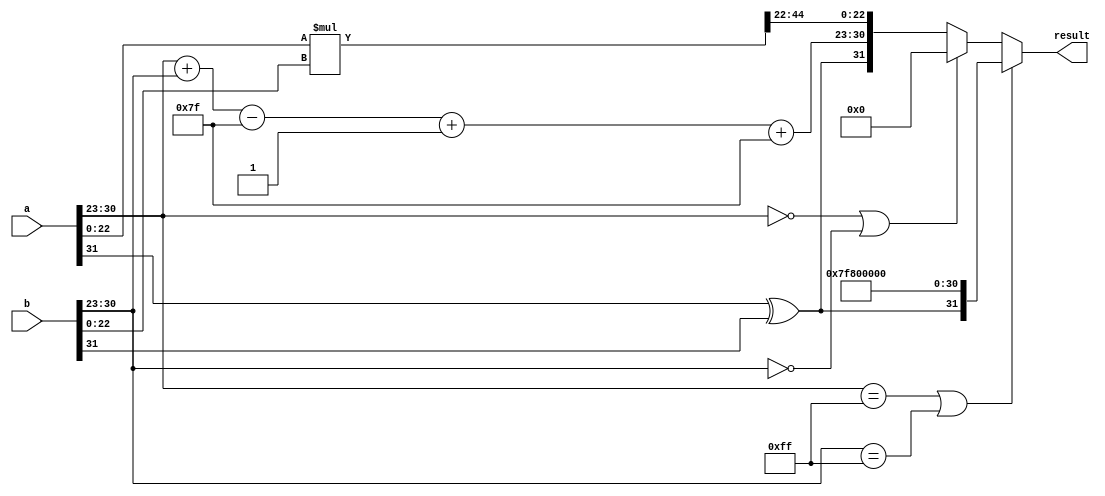
module floating_point_multiplier (
    input  wire [31:0] a,        // First floating-point number
    input  wire [31:0] b,        // Second floating-point number
    output reg  [31:0] result     // Result of multiplication
);

    // Internal signals
    wire sign_a, sign_b;
    wire [7:0] exponent_a, exponent_b;
    wire [22:0] mantissa_a, mantissa_b;
    reg sign_result;
    reg [7:0] exponent_result;
    reg [46:0] mantissa_result; // 23 + 23 bits for mantissa multiplication
    reg [23:0] normalized_mantissa; // 24 bits for normalized mantissa
    reg [7:0] final_exponent;
    
    // Bias for single-precision floating-point
    localparam BIAS = 8'd127;

    // Extract components from inputs
    assign sign_a = a[31];
    assign exponent_a = a[30:23];
    assign mantissa_a = {1'b1, a[22:0]}; // Implicit leading 1 for normalized numbers

    assign sign_b = b[31];
    assign exponent_b = b[30:23];
    assign mantissa_b = {1'b1, b[22:0]}; // Implicit leading 1 for normalized numbers

    // Calculate sign of result
    always @(*) begin
        sign_result = sign_a ^ sign_b;
    end

    // Calculate exponent result
    always @(*) begin
        exponent_result = exponent_a + exponent_b - BIAS;
    end

    // Mantissa multiplication
    always @(*) begin
        mantissa_result = mantissa_a * mantissa_b; // 23 + 23 = 47 bits
    end

    // Normalization of mantissa
    always @(*) begin
        if (mantissa_result[46]) begin
            // Already normalized
            normalized_mantissa = mantissa_result[46:23]; // Take the top 24 bits
            final_exponent = exponent_result; // No change in exponent
        end else begin
            // Need to normalize
            normalized_mantissa = mantissa_result[45:22]; // Shift right
            final_exponent = exponent_result + 1; // Increment exponent
        end
    end

    // Assemble final result
    always @(*) begin
        // Check for special cases
        if (exponent_a == 8'b11111111 || exponent_b == 8'b11111111) begin
            // One of the inputs is infinity or NaN
            result = {sign_result, 8'b11111111, 23'b0}; // Result is infinity
        end else if (exponent_a == 8'b0 || exponent_b == 8'b0) begin
            // One of the inputs is zero
            result = 32'b0; // Result is zero
        end else begin
            // Normal case
            result = {sign_result, final_exponent + BIAS, normalized_mantissa[22:0]};
        end
    end

endmodule